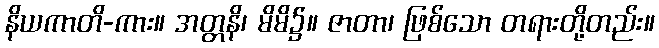
နိယကာတိ-ကား။ အတ္တနိ၊ မိမိ၌။ ဇာတာ၊ ဖြစ်သော တရားတို့တည်း။